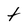
Character: t